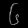
Digit: ၆